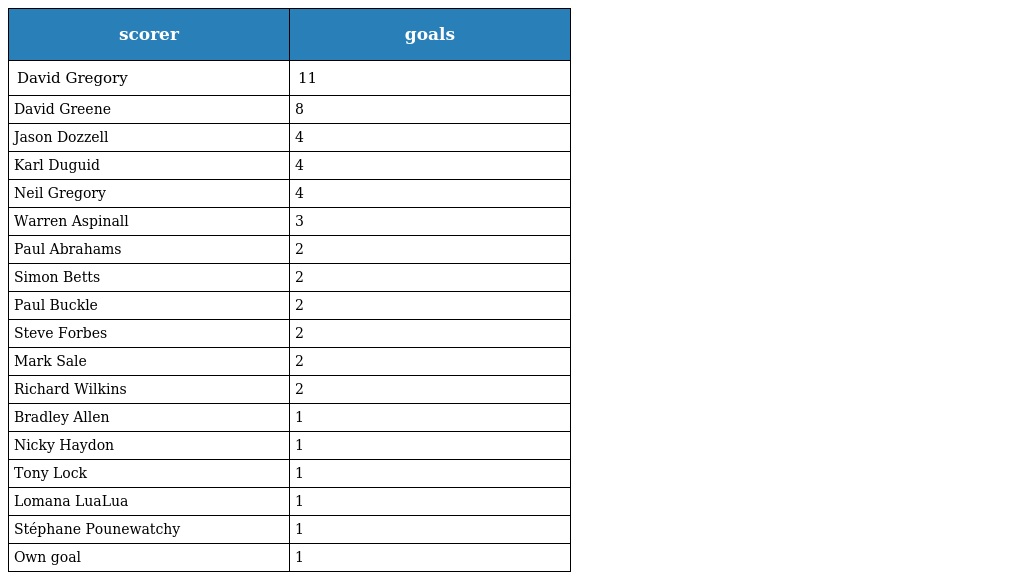
| scorer | goals |
 | --- | --- |
 | David Gregory | 11 |
 | David Greene | 8 |
 | Jason Dozzell | 4 |
 | Karl Duguid | 4 |
 | Neil Gregory | 4 |
 | Warren Aspinall | 3 |
 | Paul Abrahams | 2 |
 | Simon Betts | 2 |
 | Paul Buckle | 2 |
 | Steve Forbes | 2 |
 | Mark Sale | 2 |
 | Richard Wilkins | 2 |
 | Bradley Allen | 1 |
 | Nicky Haydon | 1 |
 | Tony Lock | 1 |
 | Lomana LuaLua | 1 |
 | Stéphane Pounewatchy | 1 |
 | Own goal | 1 |